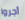
أجروا